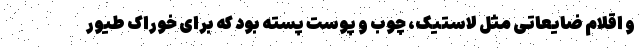
و اقلام ضایعاتی مثل لاستیک، چوب و پوست پسته بود که برای خوراک طیور